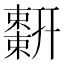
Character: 𢆬